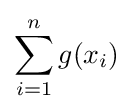
\sum _{i=1}^{n}g(x_{i})